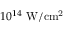
1 0 ^ { 1 4 } \ \mathrm { W / c m ^ { 2 } }